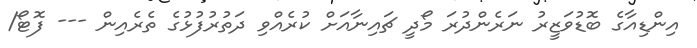
އިންޑިއާގެ ބޮޑުވަޒީރު ނަރެންދުރަ މޯދީ ޗައިނާއަށް ކުރެއްވި ދަތުރުފުޅުގެ ތެރެއިން --- ފޮޓޯ/